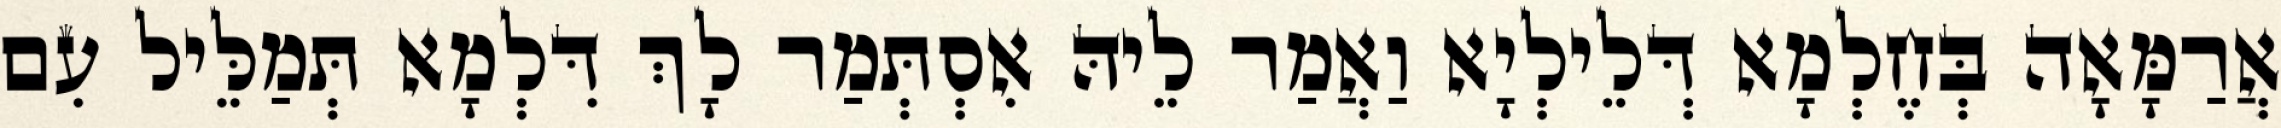
אֲרַמָּאָה בְּחֶלְמָא דְּלֵילְיָא וַאֲמַר לֵיהּ אִסְתְּמַר לָךְ דִּלְמָא תְּמַלֵּיל עִם